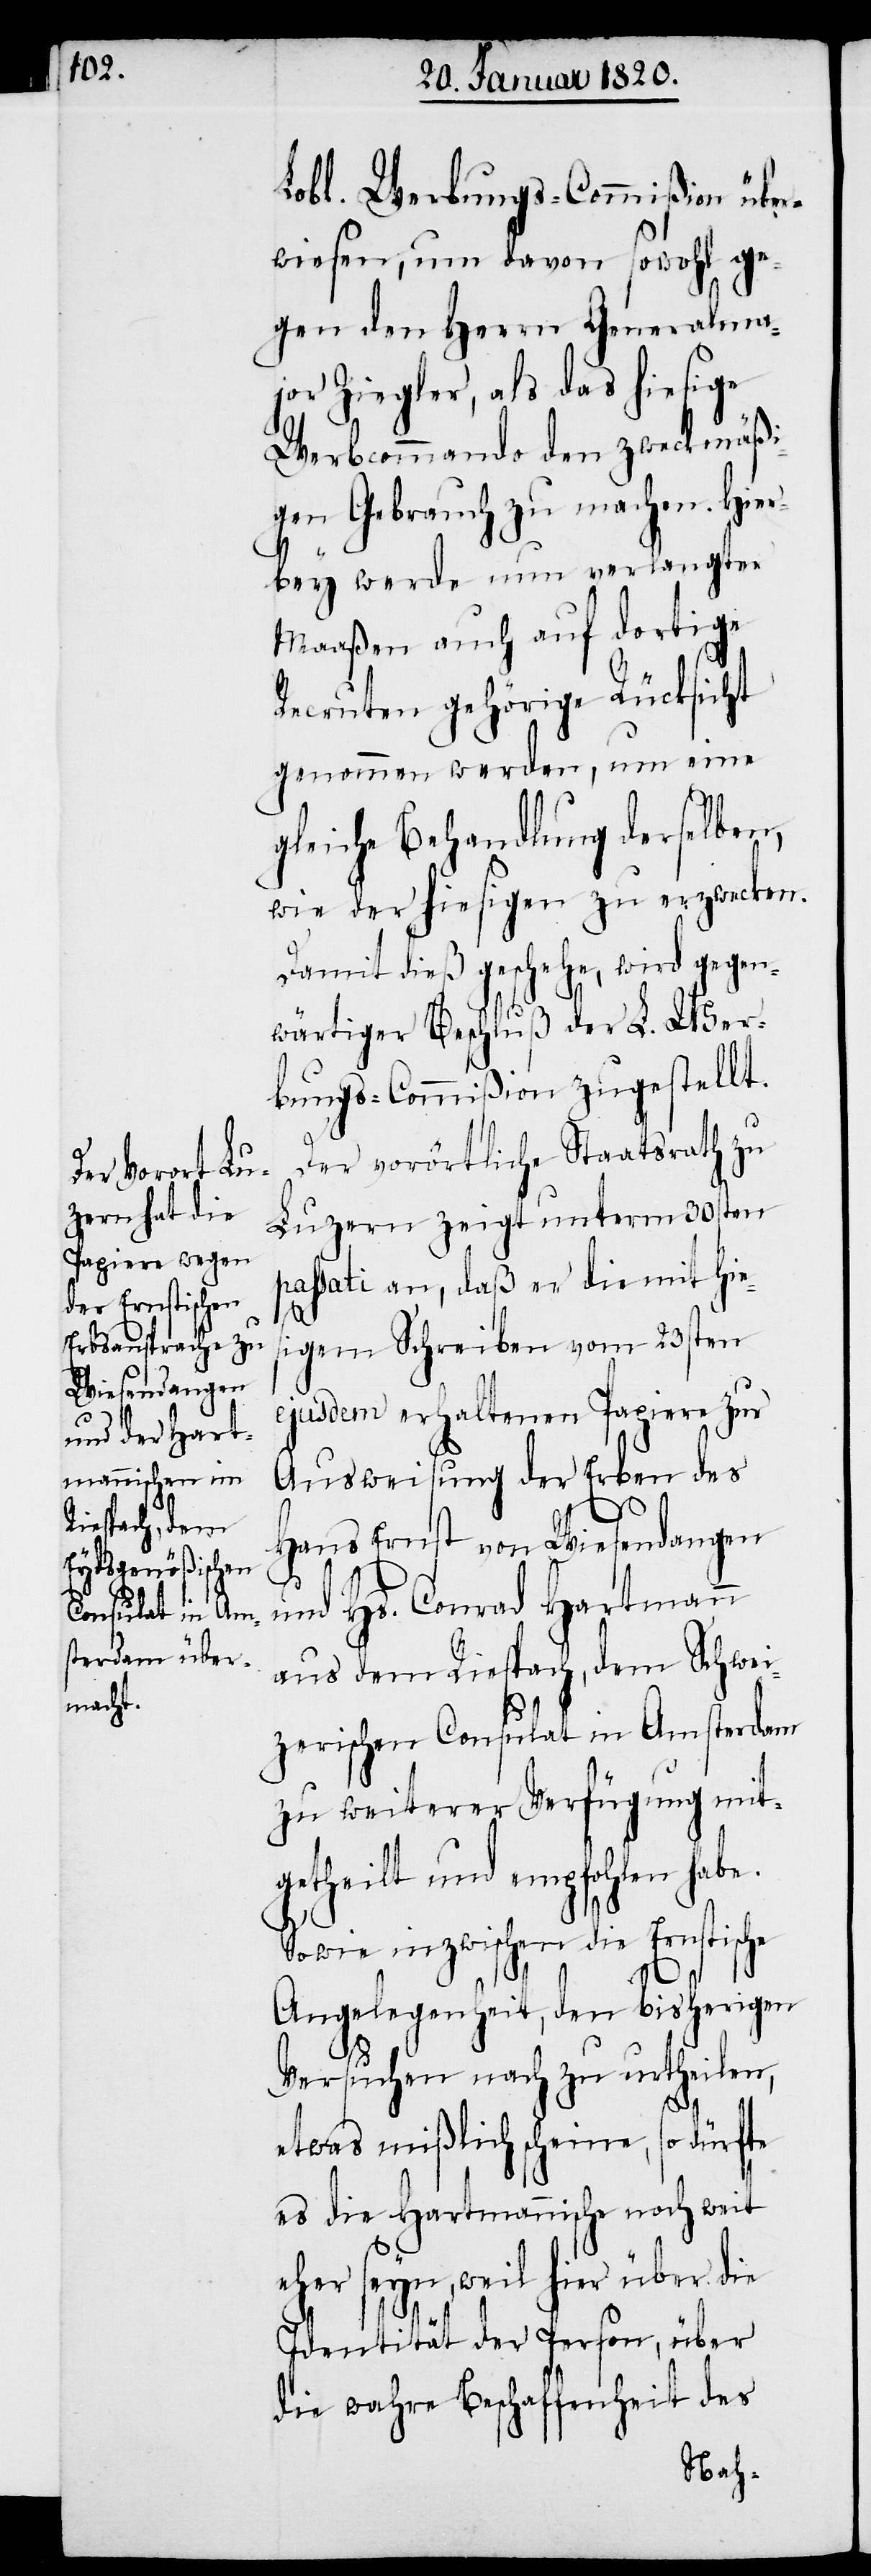
Lobl. Werbungs-Commißion über¬
wiesen, um davon sowohl ge¬
gen den Herrn Generalma¬
jor Ziegler, als das hiesige
Werbcommando den zweckmäßi¬
gen Gebrauch zu machen. Hier¬
bey werde nun verlangter
Maaßen auch auf dortige
Recruten gehörige Rücksicht
genommen werden, um eine
gleiche Behandlung derselben,
wie der hiesigen zu erzwecken.
Damit dieß geschehe, wird gegen¬
wärtiger Beschluß der L. Wer¬
bungs-Commißion zugestellt.
Der vorörtliche Staatsrath zu
Luzern zeigt unterm 30sten
passati an, daß er die mit hie¬
sigem Schreiben vom 23sten
ejusdem erhaltenen Papiere zur
Ausweisung der Erben des
Hans Ernst von Wiesendangen
und Hs. Conrad Hartmann
aus dem Riespach, dem Schwei¬
zerischen Consulat in Amsterdam
zu weiterer Verfügung mit¬
getheilt und empfohlen habe.
Sowie inzwischen die Ernstische
Angelegenheit, den bisherigen
Versuchen nach zu urtheilen,
etwas mißlich scheine, so dürfte
es die Hartmannische noch weit
eher seyn, weil hier über die
Identität der Person, über
die wahre Beschaffenheit des